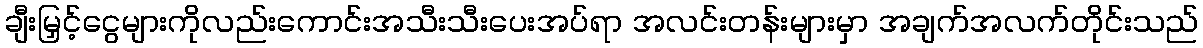
ချီးမြှင့်ငွေများကိုလည်းကောင်းအသီးသီးပေးအပ်ရာ အလင်းတန်းများမှာ အချက်အလက်တိုင်းသည်